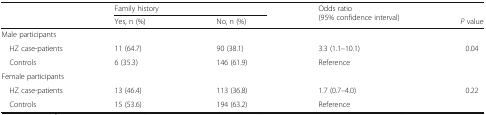
<table><thead><tr><td rowspan="2"></td><td colspan="2"><b>Family history</b></td><td rowspan="2"><b>Odds ratio(95% confidence interval)</b></td><td></td></tr><tr><td><b>Yes, n (%)</b></td><td><b>No, n (%)</b></td><td><b><i>P</i> value</b></td></tr></thead><tbody><tr><td colspan="5">Male participants</td></tr><tr><td> HZ case-patients</td><td>11 (64.7)</td><td>90 (38.1)</td><td>3.3 (1.1–10.1)</td><td>0.04</td></tr><tr><td> Controls</td><td>6 (35.3)</td><td>146 (61.9)</td><td>Reference</td><td></td></tr><tr><td colspan="5">Female participants</td></tr><tr><td> HZ case-patients</td><td>13 (46.4)</td><td>113 (36.8)</td><td>1.7 (0.7–4.0)</td><td>0.22</td></tr><tr><td> Controls</td><td>15 (53.6)</td><td>194 (63.2)</td><td>Reference</td><td></td></tr></tbody></table>